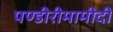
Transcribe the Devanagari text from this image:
पण्डीरीमामीदी